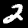
Digit: 2